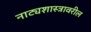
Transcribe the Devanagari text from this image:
नाट्यशास्त्रावरील